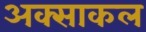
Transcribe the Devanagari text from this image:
अक्साकल